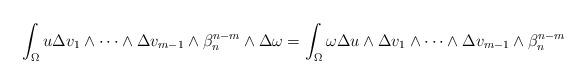
LaTeX: \begin{align*} \int_\Omega u\Delta v_1\wedge\dots\wedge \Delta v_{m-1}\wedge\beta_n^{n-m}\wedge\Delta \omega=\int_\Omega \omega\Delta u\wedge\Delta v_1\wedge\dots\wedge \Delta v_{m-1}\wedge\beta_n^{n-m} \end{align*}